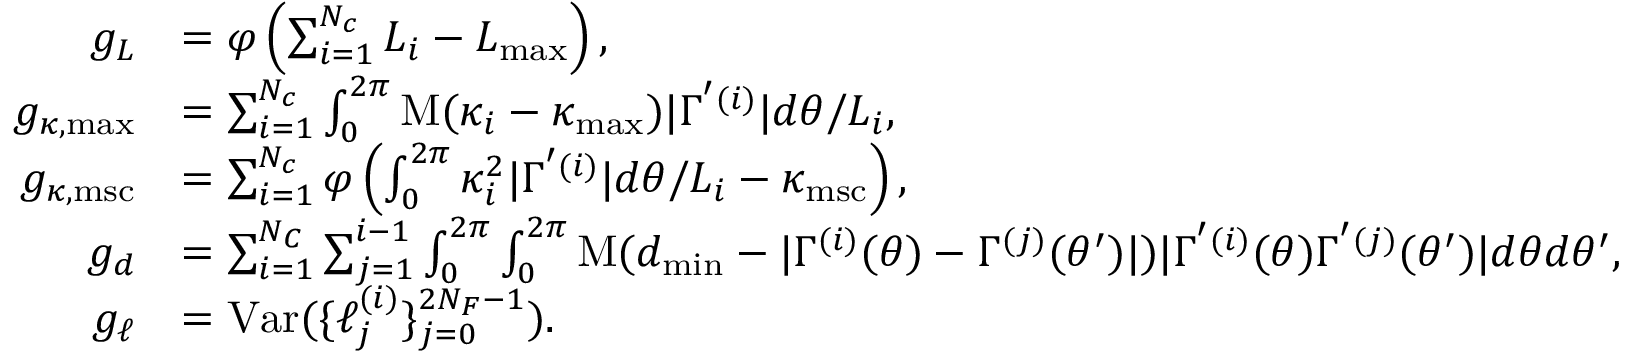
\begin{array} { r l } { g _ { L } } & { = \varphi \left( \sum _ { i = 1 } ^ { N _ { c } } L _ { i } - L _ { \mathrm { m a x } } \right) , } \\ { g _ { \kappa , \mathrm { m a x } } } & { = \sum _ { i = 1 } ^ { N _ { c } } \int _ { 0 } ^ { 2 \pi } \mathrm { M } ( \kappa _ { i } - \kappa _ { \mathrm { m a x } } ) | \Gamma ^ { ' ( i ) } | d \theta / L _ { i } , } \\ { g _ { \kappa , \mathrm { m s c } } } & { = \sum _ { i = 1 } ^ { N _ { c } } \varphi \left( \int _ { 0 } ^ { 2 \pi } \kappa _ { i } ^ { 2 } | \Gamma ^ { ' ( i ) } | d \theta / L _ { i } - \kappa _ { \mathrm { m s c } } \right) , } \\ { g _ { d } } & { = \sum _ { i = 1 } ^ { N _ { C } } \sum _ { j = 1 } ^ { i - 1 } \int _ { 0 } ^ { 2 \pi } \int _ { 0 } ^ { 2 \pi } \mathrm { M } ( d _ { \mathrm { m i n } } - | \Gamma ^ { ( i ) } ( \theta ) - \Gamma ^ { ( j ) } ( \theta ^ { \prime } ) | ) | \Gamma ^ { ' ( i ) } ( \theta ) \Gamma ^ { ' ( j ) } ( \theta ^ { \prime } ) | d \theta d \theta ^ { \prime } , } \\ { g _ { \ell } } & { = \mathrm { V a r } ( \{ \ell _ { j } ^ { ( i ) } \} _ { j = 0 } ^ { 2 N _ { F } - 1 } ) . } \end{array}